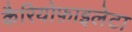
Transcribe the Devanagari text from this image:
कैरियोफ़ाइलेटा